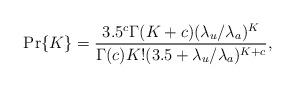
LaTeX: \begin{align*} \Pr\{K\}=\frac{3.5^{c}\Gamma(K+c)(\lambda_u/\lambda_a)^K}{\Gamma(c)K!(3.5+\lambda_u/\lambda_a)^{K+c}},\end{align*}